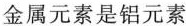
金属元素是铝元素